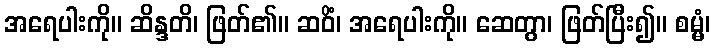
အရေပါးကို။ ဆိန္ဒတိ၊ ဖြတ်၏။ ဆဝိံ၊ အရေပါးကို။ ဆေတွာ၊ ဖြတ်ပြီး၍။ စမ္မံ၊